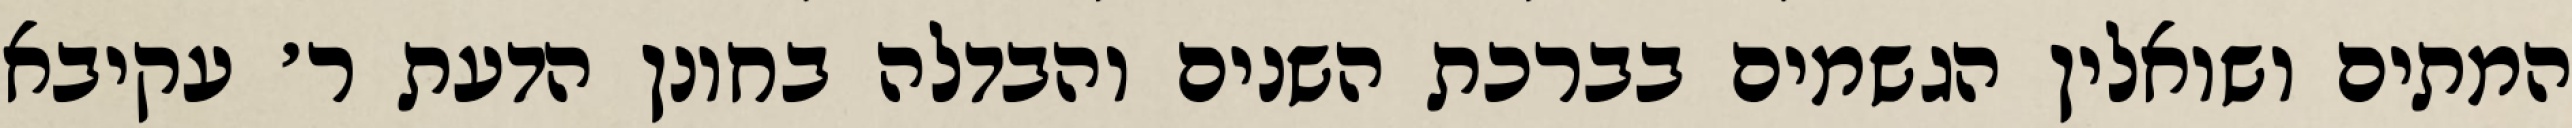
המתים ושואלין הגשמים בברכת השנים והבדלה בחונן הדעת ר׳ עקיבא